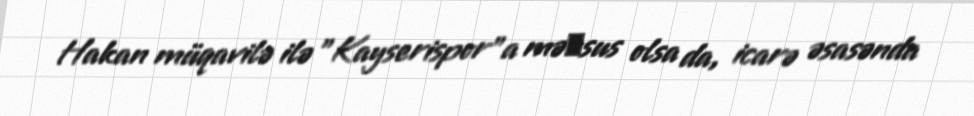
Hakan müqavilə ilə "Kayserispor"a məхsus olsa da, icarə əsasənda